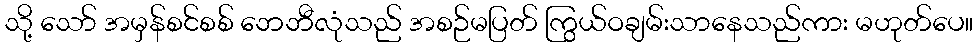
သို့ သော် အမှန်စင်စစ် ဘေဘီလုံသည် အစဉ်မပြတ် ကြွယ်ဝချမ်းသာနေသည်ကား မဟုတ်ပေ။